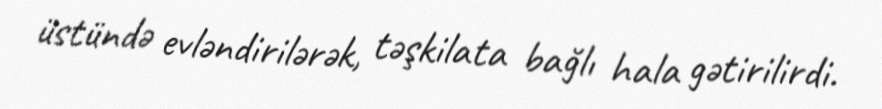
üstündə evləndirilərək, təşkilata bağlı hala gətirilirdi.